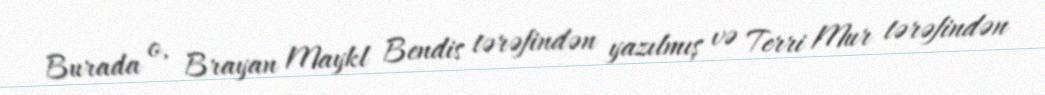
Burada o, Brayan Maykl Bendis tərəfindən yazılmış və Terri Mur tərəfindən